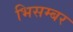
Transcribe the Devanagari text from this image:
भिसम्बर